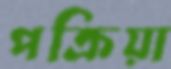
পক্রিয়া